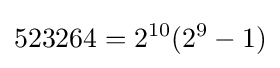
523264=2^{10}(2^{9}-1)